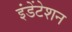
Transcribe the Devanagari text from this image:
इंडेंटेशन